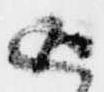
返